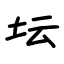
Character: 坛